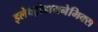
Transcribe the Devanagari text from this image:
इलेक्ट्रोडायनेमिक्स